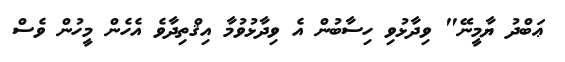
ޢަބްދު ޔާމީނޭ" ވިދާޅުވި ހިސާބުން އެ ވިދާޅުވުމާ އިޤްތިދާވެ އެހެން މީހުން ވެސް